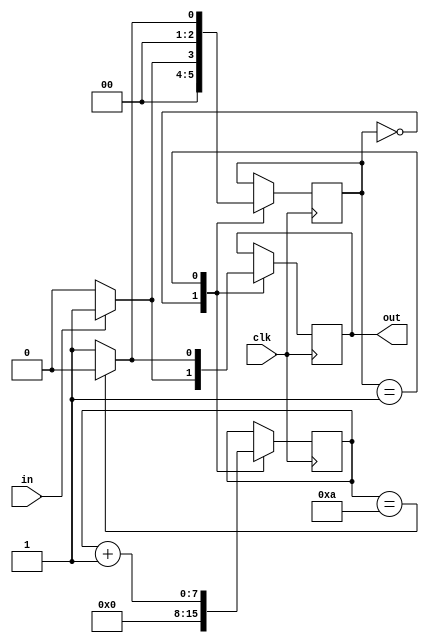
module pulse_scaler #(parameter SCALE=10)(
    input clk,
    input in,
    output reg out
    );
    
    reg [7:0] counter;
    reg [2:0] state;
    localparam START=3'd0, HIGH=3'd1;
    
    always@(posedge clk) begin
        case(state)
            START: begin
                counter <= 8'd0;
                if (in) begin
                    state <= HIGH;
                    out <= 1'b1;
                end else begin
                    state <= START;
                    out <= 1'b0;
                end
            end
            HIGH: begin
                out <= 1'b1;
                counter <= counter + 1;
                if (counter == SCALE) begin
                    state <= START;
                    out <= 1'b0;
                end else begin
                    state <= HIGH;
                    out <= 1'b1;
                end
            end
        endcase
    end
endmodule